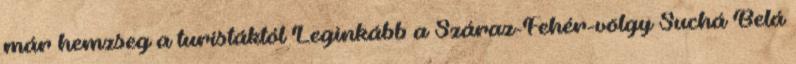
már hemzseg a turistáktól Leginkább a Száraz-Fehér-völgy Suchá Belá